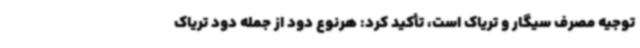
توجیه مصرف سیگار و تریاک است، تأکید کرد: هرنوع دود از جمله دود تریاک